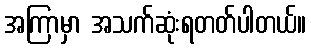
အကြာမှာ အသက်ဆုံးရတတ်ပါတယ်။